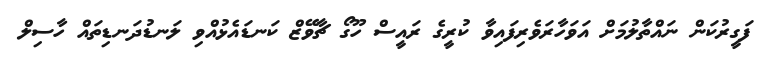
ފަގީރުކަން ނައްތާލުމަށް އަވަހާރަވެރިފައިވާ ކުރީގެ ރައީސް ހޫގޯ ޗާވޭޒް ކަނޑައެޅުއްވި ލަނޑުދަނޑިތައް ހާސިލް